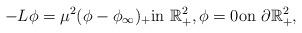
LaTeX: \begin{align*}-L\phi=\mu^{2}(\phi-\phi_{\infty} )_{+}\textrm{in}\ \mathbb{R}^{2}_{+},\phi=0\textrm{on}\ \partial\mathbb{R}^{2}_{+},\end{align*}